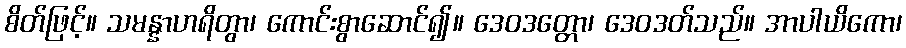
စိတ်ဖြင့်။ သမန္နာဟရိတွာ၊ ကောင်းစွာဆောင်၍။ ဒေဝဒတ္တော၊ ဒေဝဒတ်သည်။ အာပါယိကော၊